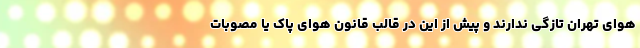
هوای تهران تازگی ندارند و پیش از این در قالب قانون هوای پاک یا مصوبات